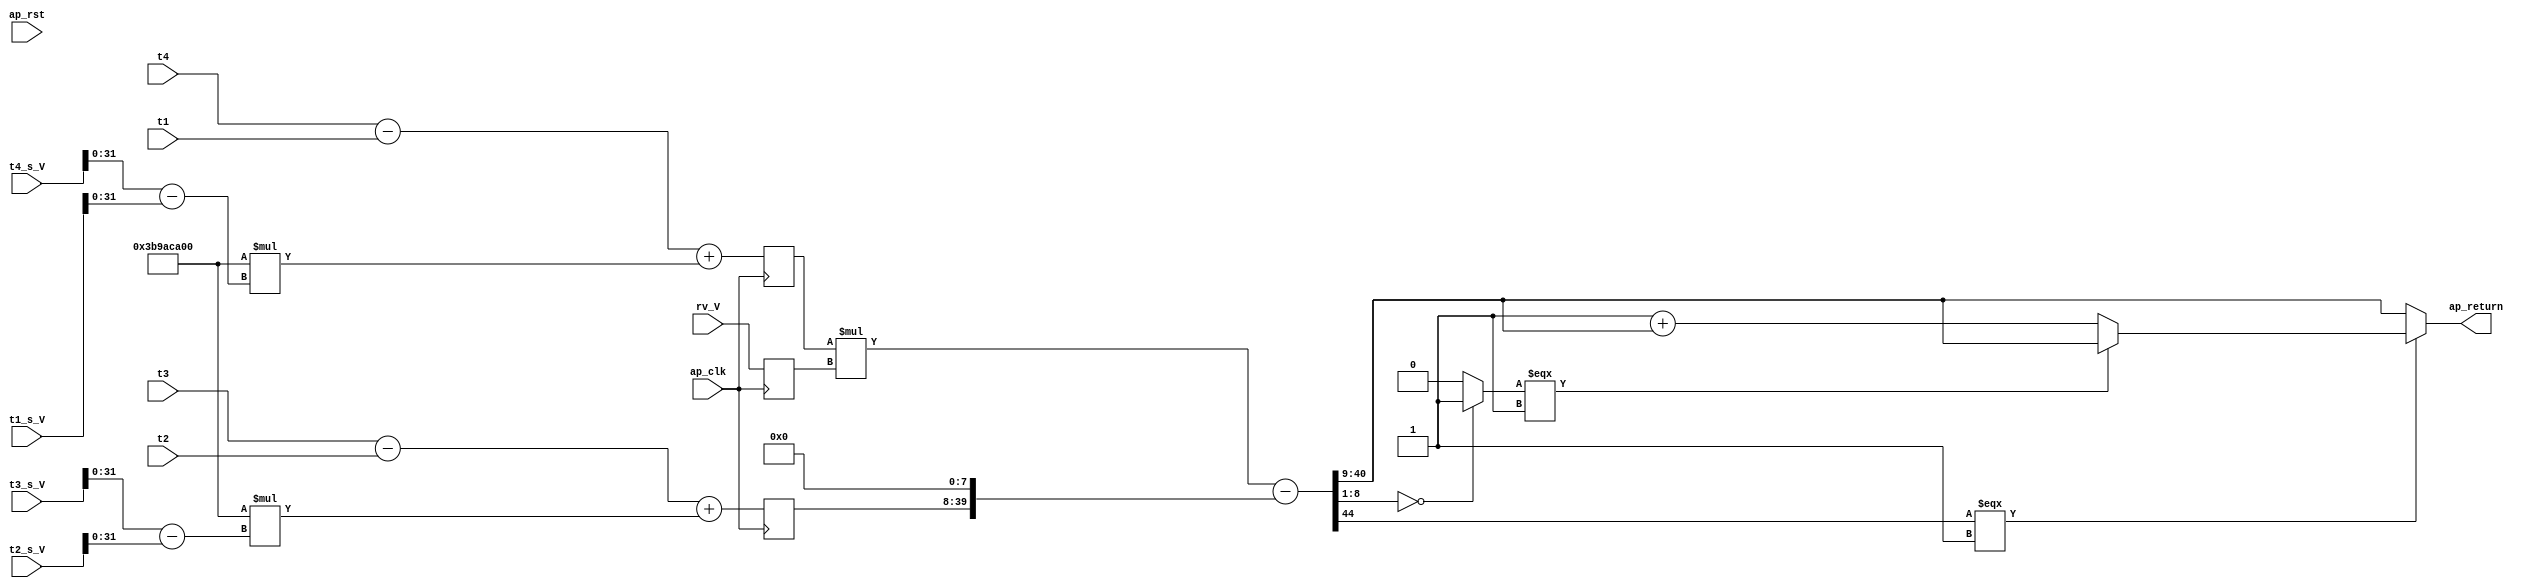
// ==============================================================
// RTL generated by Vivado(TM) HLS - High-Level Synthesis from C, C++ and SystemC
// Version: 2018.3
// Copyright (C) 1986-2018 Xilinx, Inc. All Rights Reserved.
// 
// ===========================================================

`timescale 1 ns / 1 ps 

(* CORE_GENERATION_INFO="Delay,hls_ip_2018_3,{HLS_INPUT_TYPE=cxx,HLS_INPUT_FLOAT=0,HLS_INPUT_FIXED=1,HLS_INPUT_PART=xczu9eg-ffvb1156-2-i,HLS_INPUT_CLOCK=8.000000,HLS_INPUT_ARCH=pipeline,HLS_SYN_CLOCK=5.947000,HLS_SYN_LAT=1,HLS_SYN_TPT=1,HLS_SYN_MEM=0,HLS_SYN_DSP=10,HLS_SYN_FF=76,HLS_SYN_LUT=464,HLS_VERSION=2018_3}" *)

module Delay (
        ap_clk,
        ap_rst,
        t1_s_V,
        t2_s_V,
        t3_s_V,
        t4_s_V,
        t1,
        t2,
        t3,
        t4,
        rv_V,
        ap_return
);


input   ap_clk;
input   ap_rst;
input  [47:0] t1_s_V;
input  [47:0] t2_s_V;
input  [47:0] t3_s_V;
input  [47:0] t4_s_V;
input  [31:0] t1;
input  [31:0] t2;
input  [31:0] t3;
input  [31:0] t4;
input  [11:0] rv_V;
output  [31:0] ap_return;

reg   [11:0] rv_V_read_reg_261;
wire    ap_block_state1_pp0_stage0_iter0;
wire    ap_block_state2_pp0_stage0_iter1;
wire    ap_block_pp0_stage0_11001;
wire   [31:0] tmp_V_fu_138_p2;
reg   [31:0] tmp_V_reg_266;
wire   [31:0] p_Val2_1_fu_166_p2;
reg   [31:0] p_Val2_1_reg_271;
wire    ap_block_pp0_stage0;
wire   [47:0] t4_s_V_assign_fu_116_p2;
wire  signed [31:0] tmp_fu_122_p1;
wire   [31:0] t4_assign_fu_132_p2;
wire   [31:0] tmp_2_fu_126_p2;
wire   [47:0] tmp_4_fu_144_p2;
wire  signed [31:0] tmp_1_fu_150_p1;
wire   [31:0] t3_assign_fu_160_p2;
wire   [31:0] tmp_6_fu_154_p2;
wire   [31:0] r_V_2_fu_178_p0;
wire   [11:0] r_V_2_fu_178_p1;
wire   [43:0] r_V_2_fu_178_p2;
wire   [39:0] rhs_V_fu_188_p3;
wire   [44:0] lhs_V_fu_184_p1;
wire   [44:0] rhs_V_1_cast_fu_195_p1;
wire   [44:0] ret_V_fu_199_p2;
wire   [7:0] p_Result_2_fu_213_p4;
wire   [31:0] tmp_3_fu_229_p4;
wire   [0:0] tmp_s_fu_223_p2;
wire   [31:0] tmp_8_fu_239_p2;
wire   [0:0] p_Result_s_fu_205_p3;
wire   [31:0] tmp_5_fu_245_p3;
wire   [43:0] r_V_2_fu_178_p00;
wire   [43:0] r_V_2_fu_178_p10;

always @ (posedge ap_clk) begin
    if ((1'b0 == ap_block_pp0_stage0_11001)) begin
        p_Val2_1_reg_271 <= p_Val2_1_fu_166_p2;
        rv_V_read_reg_261 <= rv_V;
        tmp_V_reg_266 <= tmp_V_fu_138_p2;
    end
end

assign ap_block_pp0_stage0 = ~(1'b1 == 1'b1);

assign ap_block_pp0_stage0_11001 = ~(1'b1 == 1'b1);

assign ap_block_state1_pp0_stage0_iter0 = ~(1'b1 == 1'b1);

assign ap_block_state2_pp0_stage0_iter1 = ~(1'b1 == 1'b1);

assign ap_return = ((p_Result_s_fu_205_p3[0:0] === 1'b1) ? tmp_5_fu_245_p3 : tmp_3_fu_229_p4);

assign lhs_V_fu_184_p1 = r_V_2_fu_178_p2;

assign p_Result_2_fu_213_p4 = {{ret_V_fu_199_p2[8:1]}};

assign p_Result_s_fu_205_p3 = ret_V_fu_199_p2[32'd44];

assign p_Val2_1_fu_166_p2 = (t3_assign_fu_160_p2 + tmp_6_fu_154_p2);

assign r_V_2_fu_178_p0 = r_V_2_fu_178_p00;

assign r_V_2_fu_178_p00 = tmp_V_reg_266;

assign r_V_2_fu_178_p1 = r_V_2_fu_178_p10;

assign r_V_2_fu_178_p10 = rv_V_read_reg_261;

assign r_V_2_fu_178_p2 = (r_V_2_fu_178_p0 * r_V_2_fu_178_p1);

assign ret_V_fu_199_p2 = (lhs_V_fu_184_p1 - rhs_V_1_cast_fu_195_p1);

assign rhs_V_1_cast_fu_195_p1 = rhs_V_fu_188_p3;

assign rhs_V_fu_188_p3 = {{p_Val2_1_reg_271}, {8'd0}};

assign t3_assign_fu_160_p2 = (t3 - t2);

assign t4_assign_fu_132_p2 = (t4 - t1);

assign t4_s_V_assign_fu_116_p2 = (t4_s_V - t1_s_V);

assign tmp_1_fu_150_p1 = tmp_4_fu_144_p2[31:0];

assign tmp_2_fu_126_p2 = ($signed({{1'b0}, {32'd1000000000}}) * $signed(tmp_fu_122_p1));

assign tmp_3_fu_229_p4 = {{ret_V_fu_199_p2[40:9]}};

assign tmp_4_fu_144_p2 = (t3_s_V - t2_s_V);

assign tmp_5_fu_245_p3 = ((tmp_s_fu_223_p2[0:0] === 1'b1) ? tmp_3_fu_229_p4 : tmp_8_fu_239_p2);

assign tmp_6_fu_154_p2 = ($signed({{1'b0}, {32'd1000000000}}) * $signed(tmp_1_fu_150_p1));

assign tmp_8_fu_239_p2 = (32'd1 + tmp_3_fu_229_p4);

assign tmp_V_fu_138_p2 = (t4_assign_fu_132_p2 + tmp_2_fu_126_p2);

assign tmp_fu_122_p1 = t4_s_V_assign_fu_116_p2[31:0];

assign tmp_s_fu_223_p2 = ((p_Result_2_fu_213_p4 == 8'd0) ? 1'b1 : 1'b0);

endmodule //Delay